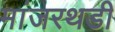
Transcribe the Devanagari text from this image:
मांजरथडी